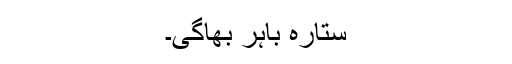
ستارہ باہر بھاگی۔